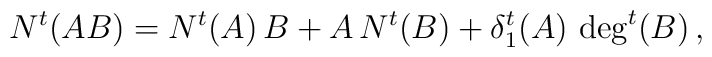
N^t (AB) = N^t (A) \, B + A \, N^t (B) + \delta_1^t (A) \, \deg^t (B) \, ,